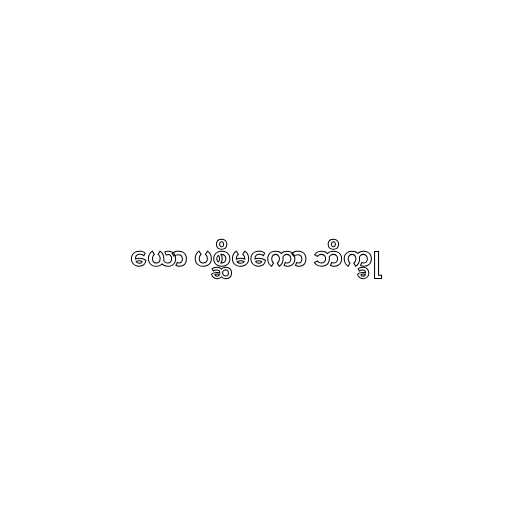
ယော ပစ္ဆိမကော ဘိက္ခု